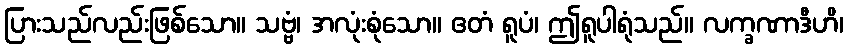
ပြားသည်လည်းဖြစ်သော။ သဗ္ဗံ၊ အလုံးစုံသော။ ဧတံ ရူပံ၊ ဤရူပါရုံသည်။ လက္ခဏာဒီဟိ၊